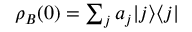
\textstyle \rho _ { B } ( 0 ) = \sum _ { j } a _ { j } | j \rangle \langle j |